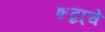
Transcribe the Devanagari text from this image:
शब्दा्चे